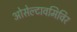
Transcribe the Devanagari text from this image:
ओसेल्टावमिविर